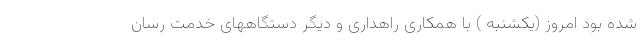
شده بود امروز (یکشنبه ) با همکاری راهداری و دیگر دستگاههای خدمت رسان